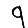
Digit: 9